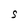
Character: S